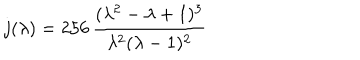
LaTeX: j ( \lambda ) = 2 5 6 \, \frac { ( \lambda ^ { 2 } - \lambda + 1 ) ^ { 3 } } { \lambda ^ { 2 } ( \lambda - 1 ) ^ { 2 } }